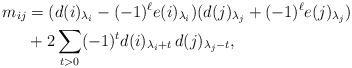
LaTeX: \begin{align*} m_{ij} &= (d(i)_{\lambda_i}-(-1)^\ell e(i)_{\lambda_i})( d(j)_{\lambda_j}+(-1)^\ell e(j)_{\lambda_j}) \\ &+ 2\sum_{t>0} (-1)^t d(i)_{\lambda_i+t}\, d(j)_{\lambda_j-t},\end{align*}